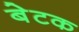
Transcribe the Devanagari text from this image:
बेटक